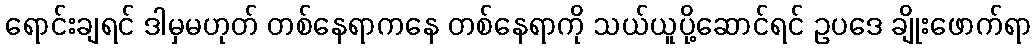
ရောင်းချရင် ဒါမှမဟုတ် တစ်နေရာကနေ တစ်နေရာကို သယ်ယူပို့ဆောင်ရင် ဥပဒေ ချိုးဖောက်ရာ